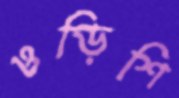
ওড়িশি